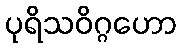
ပုရိသဝိဂ္ဂဟော